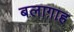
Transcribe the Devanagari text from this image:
बलाग़ाह